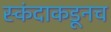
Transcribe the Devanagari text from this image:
स्कंदाकडूनच